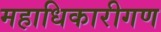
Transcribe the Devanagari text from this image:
महाधिकारीगण